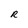
Character: R